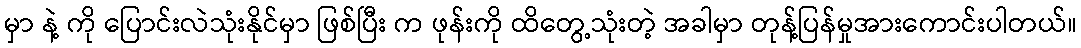
မှာ နဲ့ ကို ပြောင်းလဲသုံးနိုင်မှာ ဖြစ်ပြီး က ဖုန်းကို ထိတွေ့သုံးတဲ့ အခါမှာ တုန့်ပြန်မှုအားကောင်းပါတယ်။